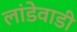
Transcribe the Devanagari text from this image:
लांडेवाडी